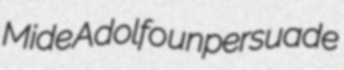
Mide Adolfo unpersuade